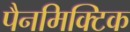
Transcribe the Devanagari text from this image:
पैनमिक्टिक